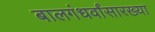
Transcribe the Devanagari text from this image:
बालगंधर्वांसारख्या